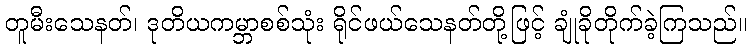
တူမီးသေနတ်၊ ဒုတိယကမ္ဘာစစ်သုံး ရိုင်ဖယ်သေနတ်တို့ဖြင့် ချုံခိုတိုက်ခဲ့ကြသည်။